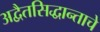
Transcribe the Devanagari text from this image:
अद्वैतसिद्धान्ताचे